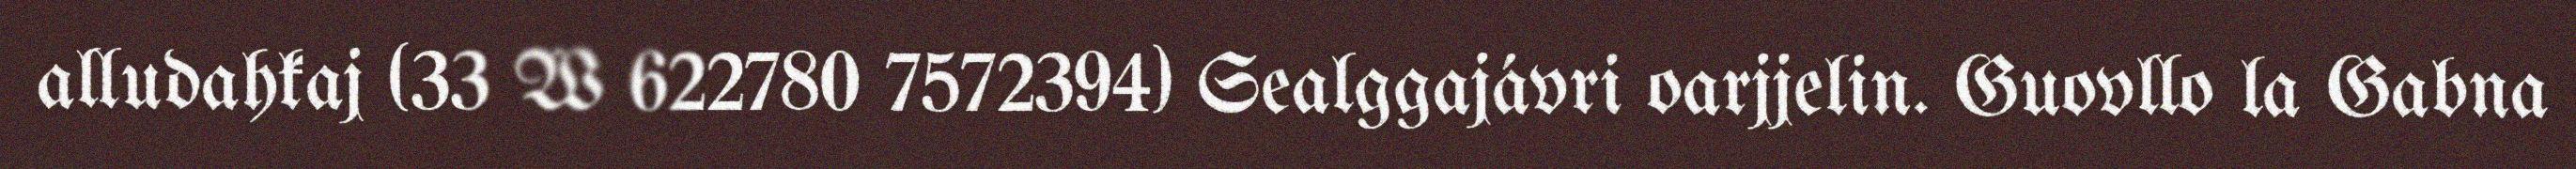
alludahkaj (33 W 622780 7572394) Sealggajávri oarjjelin. Guovllo la Gabna